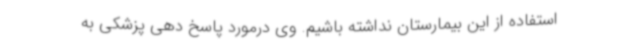
استفاده از این بیمارستان نداشته باشیم. وی درمورد پاسخ دهی پزشکی به